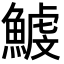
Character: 鰬